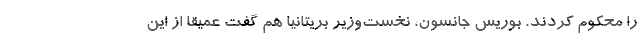
را محکوم کردند. بوریس جانسون، نخست‌وزیر بریتانیا هم گفت عمیقا از این